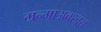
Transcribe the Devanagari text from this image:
म्रन्माअक्खरा